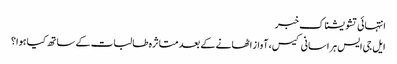
انتہائی تشویشناک خبر
ایل جی ایس ہراسانی کیس، آواز اٹھانے کے بعد متاثرہ طالبات کے ساتھ کیا ہوا؟